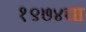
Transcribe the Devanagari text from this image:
१९७४चा